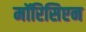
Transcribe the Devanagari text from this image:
मॉरिसिएन